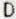
D